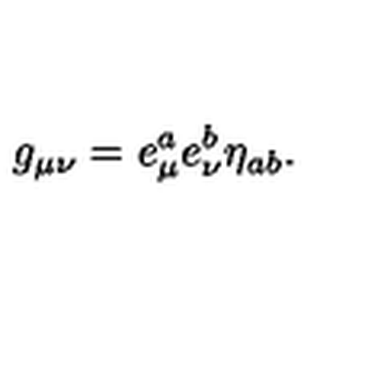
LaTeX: g _ { \mu \nu } = e _ { \mu } ^ { a } e _ { \nu } ^ { b } \eta _ { a b } .